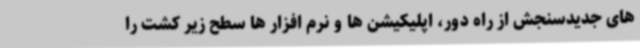
های جدیدسنجش از راه دور، اپلیکیشن ها و نرم افزار ها سطح زیر کشت را